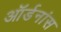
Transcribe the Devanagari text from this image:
ऑर्डनांस